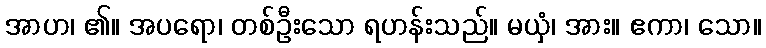
အာဟ၊ ၏။ အပရော၊ တစ်ဦးသော ရဟန်းသည်။ မယှံ၊ အား။ ဧကာ၊ သော။